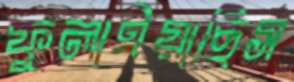
ফুলাইয়াছিস